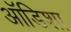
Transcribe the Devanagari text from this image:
ऑडिशा